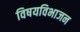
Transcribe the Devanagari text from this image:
विषयविभाजन